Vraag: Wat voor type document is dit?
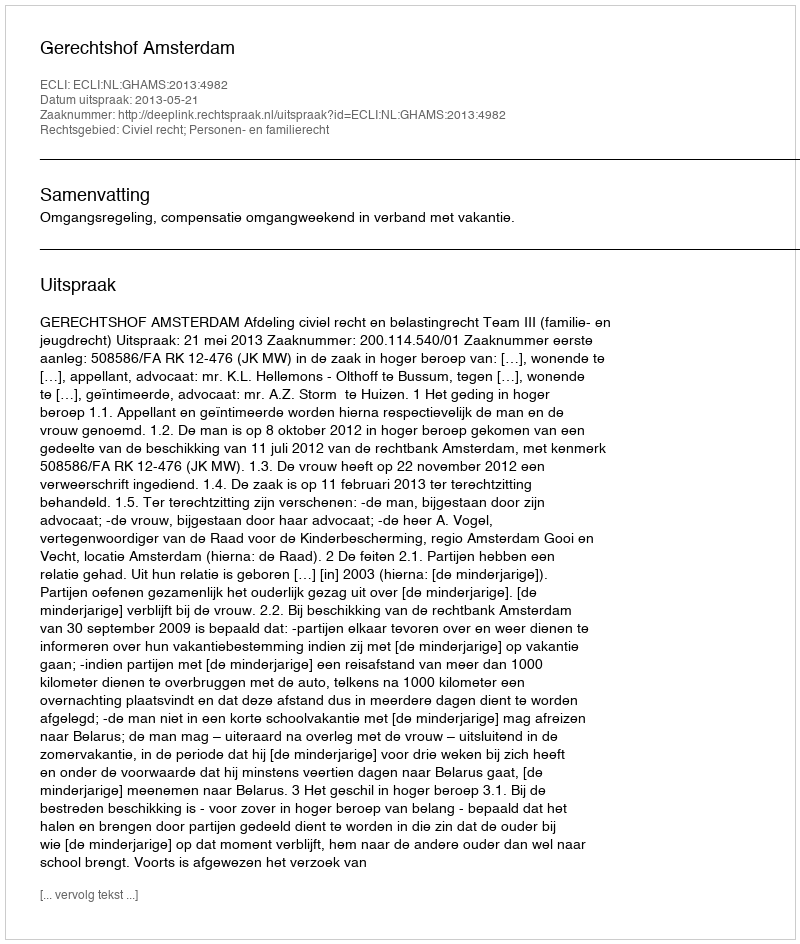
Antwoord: Uitspraak